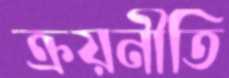
ক্রয়নীতি